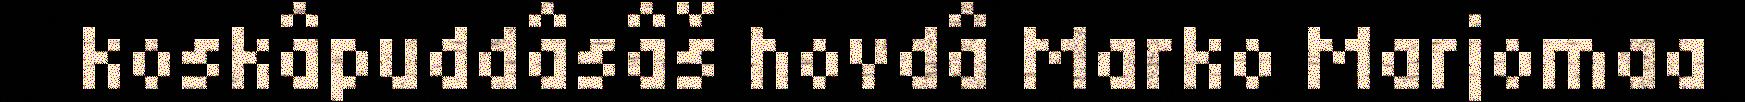
koskâpuddâsâš hovdâ Marko Marjomaa